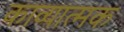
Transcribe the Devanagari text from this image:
काव्‍यात्‍मक